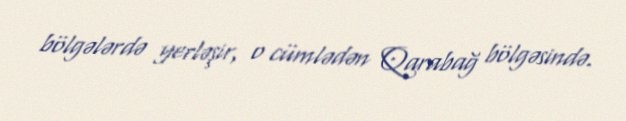
bölgələrdə yerləşir, o cümlədən Qarabağ bölgəsində.